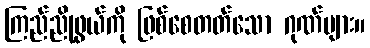
ကြည်ညိုဖွယ်ကို ဖြစ်စေတတ်သော ဂုဏ်များ။